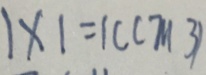
1 \times 1 = 1 ( c m 3 )